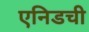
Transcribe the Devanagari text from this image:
एनिडची